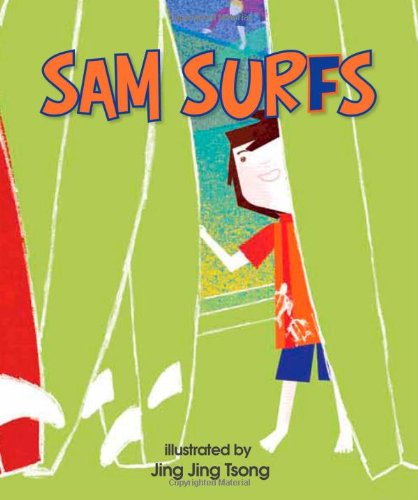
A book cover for Sam Surfs; BeachHouse; Children's Books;